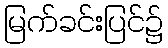
မြက်ခင်းပြင်၌